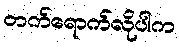
တက်ရောက်လိုပါက